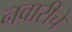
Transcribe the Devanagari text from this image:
नवारीचे